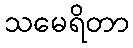
သမေရိတာ